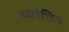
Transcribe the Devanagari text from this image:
थ्यांचिन